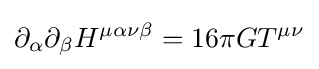
\partial _{\alpha }\partial _{\beta }H^{\mu \alpha \nu \beta }=16\pi GT^{\mu \nu }